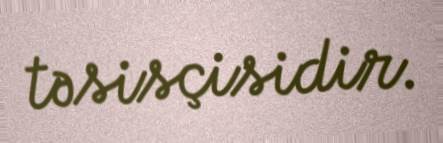
təsisçisidir.